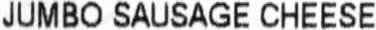
JUMBO SAUSAGE CHEESE